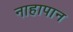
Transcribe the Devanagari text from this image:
नाहापान